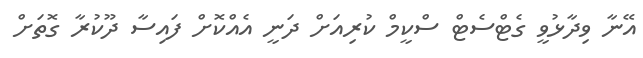
އޭނާ ވިދާޅުވީ ގެޓްސެޓް ސްކީމް ކުރިއަށް ދަނީ އެއްކޮށް ފައިސާ ދޫކުރާ ގޮތަށް